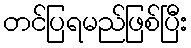
တင်ပြရမည်ဖြစ်ပြီး